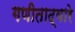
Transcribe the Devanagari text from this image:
गणीताद्वारे